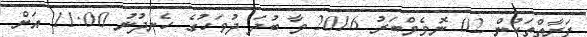
ފަރާތްތަކުން 02 ނޮވެމްބަރު 2016 ވާ ބުދަ ދުވަހުގެ ހެނދުނު 11:00 އަށް